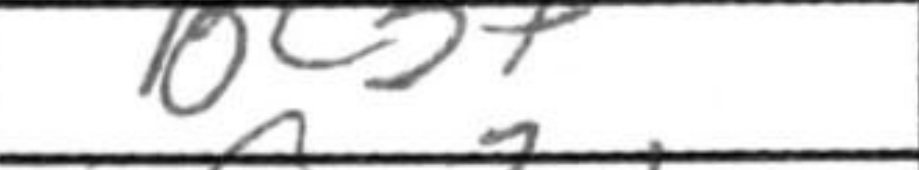
Transcription: Bc3+